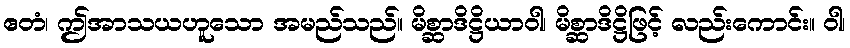
ဧတံ၊ ဤအာသယဟူသော အမည်သည်။ မိစ္ဆာဒိဋ္ဌိယာဝါ၊ မိစ္ဆာဒိဋ္ဌိဖြင့် လည်းကောင်း။ ဝါ၊